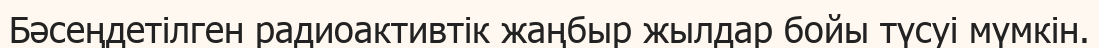
Бәсеңдетілген радиоактивтік жаңбыр жылдар бойы түсуі мүмкін.